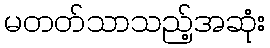
မတတ်သာသည့်အဆုံး